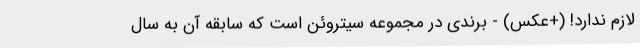
لازم ندارد! (+عکس) - برندی در مجموعه سیتروئن است که سابقه آن به سال